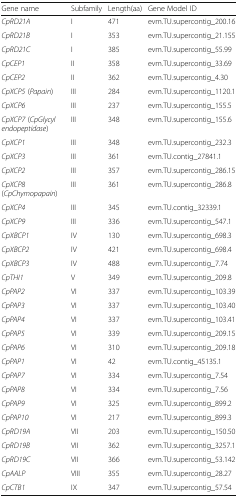
<table><thead><tr><td><b>Gene name</b></td><td><b>Subfamily</b></td><td><b>Length(aa)</b></td><td><b>Gene Model ID</b></td></tr></thead><tbody><tr><td><i>CpRD21A</i></td><td>I</td><td>471</td><td>evm.TU.supercontig_200.16</td></tr><tr><td><i>CpRD21B</i></td><td>I</td><td>353</td><td>evm.TU.supercontig_21.155</td></tr><tr><td><i>CpRD21C</i></td><td>I</td><td>385</td><td>evm.TU.supercontig_55.99</td></tr><tr><td><i>CpCEP1</i></td><td>II</td><td>358</td><td>evm.TU.supercontig_33.69</td></tr><tr><td><i>CpCEP2</i></td><td>II</td><td>362</td><td>evm.TU.supercontig_4.30</td></tr><tr><td><i>CpXCP5</i> (<i>Papain</i>)</td><td>III</td><td>284</td><td>evm.TU.supercontig_1120.1</td></tr><tr><td><i>CpXCP6</i></td><td>III</td><td>237</td><td>evm.TU.supercontig_155.5</td></tr><tr><td><i>CpXCP7</i> (<i>CpGlycyl endopeptidase</i>)</td><td>III</td><td>348</td><td>evm.TU.supercontig_155.6</td></tr><tr><td><i>CpXCP1</i></td><td>III</td><td>348</td><td>evm.TU.supercontig_232.3</td></tr><tr><td><i>CpXCP3</i></td><td>III</td><td>361</td><td>evm.TU.contig_27841.1</td></tr><tr><td><i>CpXCP2</i></td><td>III</td><td>357</td><td>evm.TU.supercontig_286.15</td></tr><tr><td><i>CpXCP8</i> (<i>CpChymopapain</i>)</td><td>III</td><td>361</td><td>evm.TU.supercontig_286.8</td></tr><tr><td><i>CpXCP4</i></td><td>III</td><td>345</td><td>evm.TU.contig_32339.1</td></tr><tr><td><i>CpXCP9</i></td><td>III</td><td>336</td><td>evm.TU.supercontig_547.1</td></tr><tr><td><i>CpXBCP1</i></td><td>IV</td><td>130</td><td>evm.TU.supercontig_698.3</td></tr><tr><td><i>CpXBCP2</i></td><td>IV</td><td>421</td><td>evm.TU.supercontig_698.4</td></tr><tr><td><i>CpXBCP3</i></td><td>IV</td><td>488</td><td>evm.TU.supercontig_7.74</td></tr><tr><td><i>CpTHI1</i></td><td>V</td><td>349</td><td>evm.TU.supercontig_209.8</td></tr><tr><td><i>CpPAP2</i></td><td>VI</td><td>337</td><td>evm.TU.supercontig_103.39</td></tr><tr><td><i>CpPAP3</i></td><td>VI</td><td>337</td><td>evm.TU.supercontig_103.40</td></tr><tr><td><i>CpPAP4</i></td><td>VI</td><td>337</td><td>evm.TU.supercontig_103.41</td></tr><tr><td><i>CpPAP5</i></td><td>VI</td><td>339</td><td>evm.TU.supercontig_209.15</td></tr><tr><td><i>CpPAP6</i></td><td>VI</td><td>310</td><td>evm.TU.supercontig_209.18</td></tr><tr><td><i>CpPAP1</i></td><td>VI</td><td>42</td><td>evm.TU.contig_45135.1</td></tr><tr><td><i>CpPAP7</i></td><td>VI</td><td>334</td><td>evm.TU.supercontig_7.54</td></tr><tr><td><i>CpPAP8</i></td><td>VI</td><td>334</td><td>evm.TU.supercontig_7.56</td></tr><tr><td><i>CpPAP9</i></td><td>VI</td><td>325</td><td>evm.TU.supercontig_899.2</td></tr><tr><td><i>CpPAP10</i></td><td>VI</td><td>217</td><td>evm.TU.supercontig_899.3</td></tr><tr><td><i>CpRD19A</i></td><td>VII</td><td>203</td><td>evm.TU.supercontig_150.50</td></tr><tr><td><i>CpRD19B</i></td><td>VII</td><td>362</td><td>evm.TU.supercontig_3257.1</td></tr><tr><td><i>CpRD19C</i></td><td>VII</td><td>366</td><td>evm.TU.supercontig_53.142</td></tr><tr><td><i>CpAALP</i></td><td>VIII</td><td>355</td><td>evm.TU.supercontig_28.27</td></tr><tr><td><i>CpCTB1</i></td><td>IX</td><td>347</td><td>evm.TU.supercontig_57.54</td></tr></tbody></table>